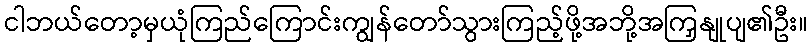
ငါဘယ်တော့မှယုံကြည်ကြောင်းကျွန်တော်သွားကြည့်ဖို့အဘို့အကြှနျုပျ၏ဦး။